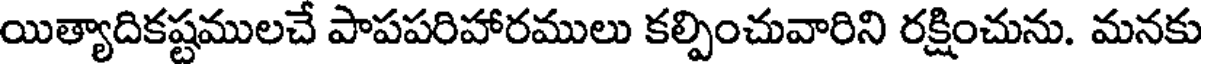
యిత్యాదికష్టములచే పాపపరిహారములు కల్పించువారిని రక్షించును. మనకు